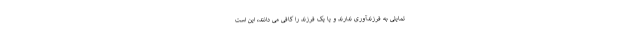
تمایلی به فرزندآوری ندارند و یا یک فرزند را کافی می دانند، این است